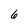
Character: 6